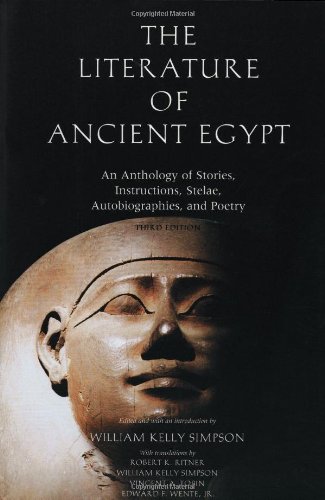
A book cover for The Literature of Ancient Egypt: An Anthology of Stories, Instructions, Stelae, Autobiographies, and Poetry; Third Edition; Literature & Fiction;